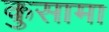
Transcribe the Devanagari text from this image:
कुसामा